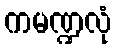
ကမဏ္ဍလုံ